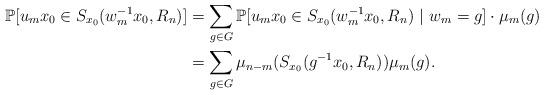
LaTeX: \begin{align*}\mathbb{P}[u_m x_0 \in S_{ x_0}(w_m^{-1} x_0, R_n) ] & =\sum_{g\in G}\mathbb{P}[u_m x_0 \in S_{x_0}(w_m^{-1} x_0,R_n) \ | \ w_m =g ] \cdot \mu_m(g) \\&= \sum_{g\in G} \mu_{n-m}(S_{x_0}(g^{-1}x_0,R_n)) \mu_m(g). \end{align*}